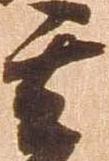
其